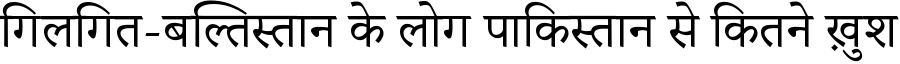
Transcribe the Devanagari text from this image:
गिलगित-बल्तिस्तान के लोग पाकिस्तान से कितने ख़ुश